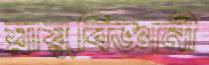
স্নায়ুবিজ্ঞানী